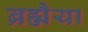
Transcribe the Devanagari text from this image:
ब्रह्मैया